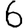
Digit: 6